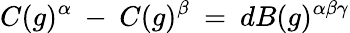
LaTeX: C(g)^{\alpha}\: -\: C(g)^{\beta}\: =\: dB(g)^{\alpha\beta\gamma}